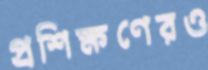
প্রশিক্ষণেরও